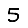
Digit: 5